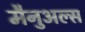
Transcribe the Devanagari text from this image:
मैनुअल्स